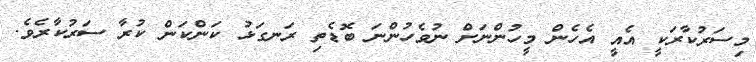
މިސަރުކާރަކީ އެއީ އެހެން މީހުންނަށް ނުވެހުންނަ ބޮޑެތި ރަނގަޅު ކަންކަން ކުރާ ސަރުކާރެެވެ.